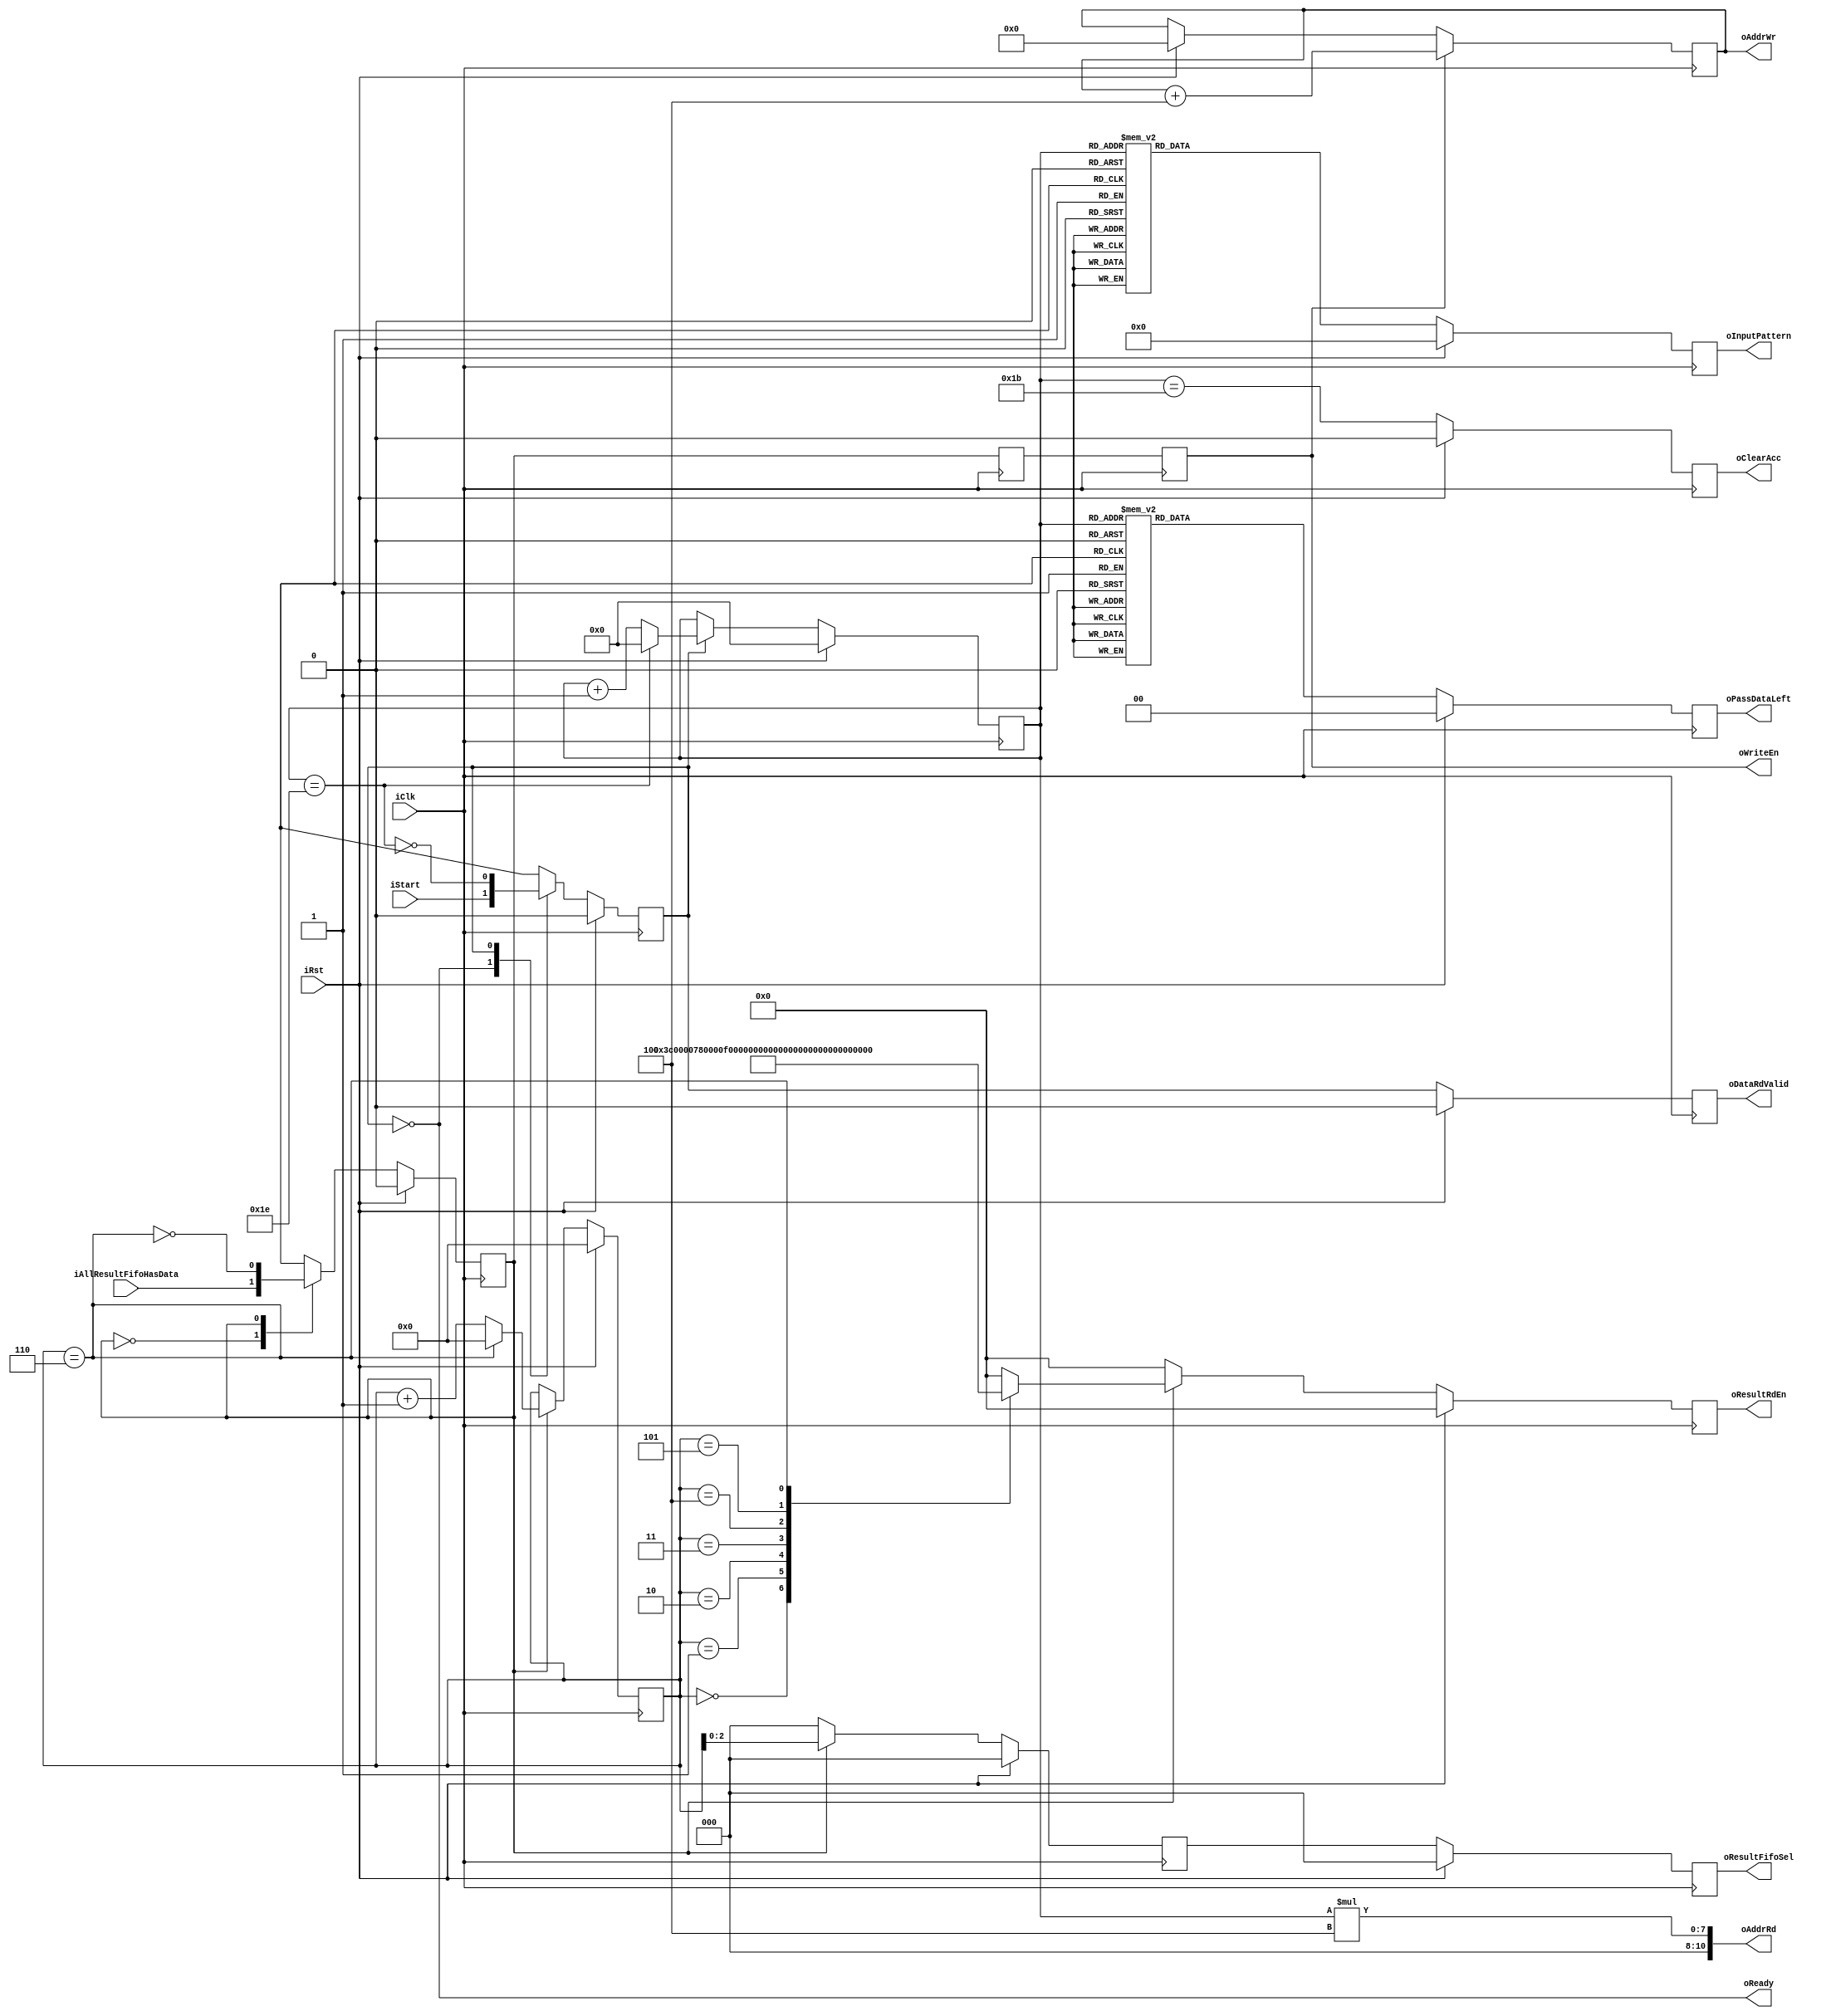
module micro_controller #(
    parameter ARRAY_NUM     = 3,
    parameter BLOCK_NUM     = 3,
    parameter CUBE_NUM      = 3,
    parameter RAM_DEPTH     = 2048
) (
    input  wire                     iClk,
    input  wire                     iRst,
    input  wire                     iStart,
    output wire                     oReady,
    // config PE cube
    output reg                      oClearAcc,
    output reg  [3*ARRAY_NUM-1:0]   oInputPattern,
    output reg  [ARRAY_NUM-2:0]     oPassDataLeft,
    // rd
    output reg                      oDataRdValid,
    output wire [$clog2(RAM_DEPTH)-1:0] oAddrRd,
    // wr
    input  wire                     iAllResultFifoHasData,
    output reg  [ARRAY_NUM*BLOCK_NUM*CUBE_NUM-1:0] oResultRdEn,
    output wire                     oWriteEn,
    output reg  [$clog2(RAM_DEPTH)-1:0] oAddrWr,
    output wire [2:0]               oResultFifoSel // ceil(3 * 3 * 3 * 8 / 32) = 7
);

localparam IDLE   = 'd0,
           CONFIG = 'd1;

localparam PATTERN_1 = 3'd0,
           PATTERN_2 = 3'd1,
           PATTERN_3 = 3'd2,
           PATTERN_4 = 3'd3,
           PATTERN_5 = 3'd4,
           NOT_CARE  = 3'd5;

localparam CLEAR_ACC_LATENCY = 27,
           CLEAR_CNT_LATENCY = 30;

reg       state;
reg       nxt_state;
reg [4:0] counter;
wire      one_block_finish;
wire      addr_valid;

assign one_block_finish = (counter == CLEAR_CNT_LATENCY);
assign oAddrRd = counter * 4;
assign oReady = (state == IDLE);
assign addr_valid = (state == CONFIG);

always @(posedge iClk) begin
    if (iRst) begin
        oDataRdValid <= 'd0;
    end else begin
        oDataRdValid <= addr_valid;
    end
end

always @(*) begin
    case (state)
        IDLE :
            nxt_state = iStart;
        CONFIG :
            nxt_state = ~one_block_finish;
    endcase
end

always @(posedge iClk) begin
    if (iRst) begin
        state <= IDLE;
    end else begin
        state <= nxt_state;
    end
end

always @(posedge iClk) begin
    if (iRst) begin
        counter <= 'd0;
    end else begin
        if (state == CONFIG) begin
            if (one_block_finish) begin
                counter <= 'd0;
            end else begin
                counter <= counter + 'd1;
            end
        end
    end
end

always @(posedge iClk) begin
    if (iRst) begin
        oClearAcc <= 'd0;
    end else begin
        oClearAcc <= (counter == CLEAR_ACC_LATENCY);
    end
end

always @(posedge iClk) begin 
    if (iRst) begin
        oInputPattern <= 'd0;
    end else begin
        case (counter)
            'd0 : oInputPattern <= {NOT_CARE, NOT_CARE, PATTERN_1};
            'd1 : oInputPattern <= {NOT_CARE, PATTERN_1, PATTERN_2};
            'd2 : oInputPattern <= {PATTERN_1, PATTERN_2, PATTERN_3};
            'd3 : oInputPattern <= {PATTERN_2, PATTERN_3, PATTERN_4};
            'd4 : oInputPattern <= {PATTERN_3, PATTERN_4, PATTERN_5};
            'd5 : oInputPattern <= {PATTERN_4, PATTERN_5, NOT_CARE};
            'd6 : oInputPattern <= {PATTERN_5, NOT_CARE, NOT_CARE};
            'd7 : oInputPattern <= {PATTERN_3, NOT_CARE, NOT_CARE};
            'd8 : oInputPattern <= {PATTERN_4, NOT_CARE, NOT_CARE};
            'd9 : oInputPattern <= {PATTERN_5, NOT_CARE, PATTERN_1};
            'd10 : oInputPattern <= {PATTERN_3, PATTERN_1, PATTERN_2};
            'd11 : oInputPattern <= {PATTERN_4, PATTERN_2, PATTERN_3};
            'd12 : oInputPattern <= {PATTERN_5, PATTERN_3, PATTERN_4};
            'd13 : oInputPattern <= {PATTERN_3, PATTERN_4, PATTERN_5};
            'd14 : oInputPattern <= {PATTERN_4, PATTERN_5, NOT_CARE};
            'd15 : oInputPattern <= {PATTERN_5, NOT_CARE, NOT_CARE};
            'd16 : oInputPattern <= {PATTERN_3, NOT_CARE, NOT_CARE};
            'd17 : oInputPattern <= {PATTERN_4, NOT_CARE, NOT_CARE};
            'd18 : oInputPattern <= {PATTERN_5, NOT_CARE, PATTERN_1};
            'd19 : oInputPattern <= {PATTERN_3, PATTERN_1, PATTERN_2};
            'd20 : oInputPattern <= {PATTERN_4, PATTERN_2, PATTERN_3};
            'd21 : oInputPattern <= {PATTERN_5, PATTERN_3, PATTERN_4};
            'd22 : oInputPattern <= {PATTERN_3, PATTERN_4, PATTERN_5};
            'd23 : oInputPattern <= {PATTERN_4, PATTERN_5, NOT_CARE};
            'd24 : oInputPattern <= {PATTERN_5, NOT_CARE, NOT_CARE};
            'd25 : oInputPattern <= {PATTERN_3, NOT_CARE, NOT_CARE};
            'd26 : oInputPattern <= {PATTERN_4, NOT_CARE, NOT_CARE};
            'd27 : oInputPattern <= {PATTERN_5, NOT_CARE, PATTERN_1};
            'd28 : oInputPattern <= {PATTERN_3, PATTERN_1, PATTERN_2};
            'd29 : oInputPattern <= {PATTERN_4, PATTERN_2, PATTERN_3};
            'd30 : oInputPattern <= {PATTERN_5, PATTERN_3, PATTERN_4};
            default : oInputPattern <= {NOT_CARE, NOT_CARE, NOT_CARE};
        endcase
    end
end

always @(posedge iClk) begin 
    if (iRst) begin
        oPassDataLeft <= 'd0;
    end else begin
        case (counter)
            'd0 : oPassDataLeft <= 2'd0;
            'd1 : oPassDataLeft <= 2'd0;
            'd2 : oPassDataLeft <= 2'd0;
            'd3 : oPassDataLeft <= 2'd1;
            'd4 : oPassDataLeft <= 2'd3;
            'd5 : oPassDataLeft <= 2'd3;
            'd6 : oPassDataLeft <= 2'd3;
            'd7 : oPassDataLeft <= 2'd3;
            'd8 : oPassDataLeft <= 2'd3;
            'd9 : oPassDataLeft <= 2'd2;
            'd10 : oPassDataLeft <= 2'd0;
            'd11 : oPassDataLeft <= 2'd0;
            'd12 : oPassDataLeft <= 2'd1;
            'd13 : oPassDataLeft <= 2'd3;
            'd14 : oPassDataLeft <= 2'd3;
            'd15 : oPassDataLeft <= 2'd3;
            'd16 : oPassDataLeft <= 2'd3;
            'd17 : oPassDataLeft <= 2'd3;
            'd18 : oPassDataLeft <= 2'd2;
            'd19 : oPassDataLeft <= 2'd0;
            'd20 : oPassDataLeft <= 2'd0;
            'd21 : oPassDataLeft <= 2'd1;
            'd22 : oPassDataLeft <= 2'd3;
            'd23 : oPassDataLeft <= 2'd3;
            'd24 : oPassDataLeft <= 2'd3;
            'd25 : oPassDataLeft <= 2'd3;
            'd26 : oPassDataLeft <= 2'd3;
            'd27 : oPassDataLeft <= 2'd2;
            'd28 : oPassDataLeft <= 2'd0;
            'd29 : oPassDataLeft <= 2'd0;
            'd30 : oPassDataLeft <= 2'd1;
            default : oPassDataLeft <= 2'd0;
        endcase
    end
end

// wr
reg        state_wr;
reg        nxt_state_wr;
wire       one_block_finish_wr;
reg  [3:0] counter_wr;

reg        write_en_dly, write_en_dly2;

reg  [2:0] result_fifo_dly, result_fifo_dly2;

localparam CLEAR_CNT_LATENCY_WR = 6;

assign oResultFifoSel = result_fifo_dly2;
assign oWriteEn = write_en_dly2;
assign one_block_finish_wr = (counter_wr == CLEAR_CNT_LATENCY_WR);

always @(*) begin
    case (state_wr)
        IDLE : nxt_state_wr = iAllResultFifoHasData;
        CONFIG : nxt_state_wr = ~one_block_finish_wr;
    endcase
end

always @(posedge iClk) begin
    if (iRst) begin
        state_wr <= 'd0;
    end else begin
        state_wr <= nxt_state_wr;
    end
end

always @(posedge iClk) begin
    if (iRst) begin
        counter_wr <= 'd0;
    end else begin
        if (state_wr == CONFIG) begin
            if (one_block_finish_wr) begin
                counter_wr <= 'd0;
            end else begin
                counter_wr <= counter_wr + 'd1;
            end
        end
    end
end

always @(posedge iClk) begin
    if (iRst) begin
        oResultRdEn <= 'd0;
    end else if (state_wr == CONFIG) begin
        case (counter_wr)
            'd0 : oResultRdEn <= 27'h000_000f;
            'd1 : oResultRdEn <= 27'h000_00f0;
            'd2 : oResultRdEn <= 27'h000_0f00;
            'd3 : oResultRdEn <= 27'h000_f000;
            'd4 : oResultRdEn <= 27'h00f_0000;
            'd5 : oResultRdEn <= 27'h0f0_0000;
            'd6 : oResultRdEn <= 27'h700_0000;
            default : oResultRdEn <= 27'd0;
        endcase
    end else begin
        oResultRdEn <= 27'd0;
    end
end

always @(posedge iClk) begin
    if (iRst) begin
        result_fifo_dly <= 'd0;
    end else if (state_wr == CONFIG) begin
        result_fifo_dly <= counter_wr;
    end else begin
        result_fifo_dly <= 3'd0;
    end
end

always @(posedge iClk) begin
    if (iRst) begin
        result_fifo_dly2 <= 'd0;
    end else begin
        result_fifo_dly2 <= result_fifo_dly;
    end
end

always @(posedge iClk) begin
    if (iRst) begin
        write_en_dly <= 'd0;
        write_en_dly2 <= 'd0;
    end begin
        write_en_dly <= (state_wr == CONFIG);
        write_en_dly2 <= write_en_dly;
    end
end

always @(posedge iClk) begin
    if (iRst) begin
        oAddrWr <= 'd0;
    end begin
        if (write_en_dly2) begin
            oAddrWr <= oAddrWr + 'd4;
        end
    end
end

endmodule